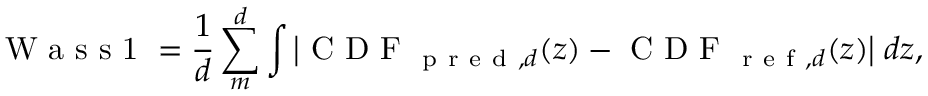
\mathrm { ~ W ~ a ~ s ~ s ~ 1 ~ } = \frac { 1 } { d } \sum _ { m } ^ { d } \int \big | \mathrm { ~ C ~ D ~ F ~ } _ { \mathrm { ~ p ~ r ~ e ~ d ~ } , d } ( z ) - \mathrm { ~ C ~ D ~ F ~ } _ { \mathrm { ~ r ~ e ~ f ~ } , d } ( z ) \big | \; d z ,